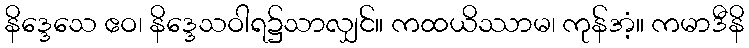
နိဒ္ဒေသေ ဧဝ၊ နိဒ္ဒေသဝါရ၌သာလျှင်။ ကထယိဿာမ၊ ကုန်အံ့။ ကမာဒီနိ